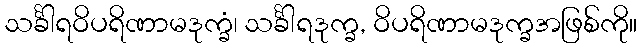
သင်္ခါရဝိပရိဏာမဒုက္ခံ၊ သင်္ခါရဒုက္ခ, ဝိပရိဏာမဒုက္ခအဖြစ်ကို။